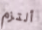
ألتزم